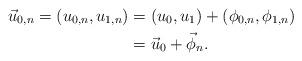
LaTeX: \begin{align*}\vec{u}_{0, n} = (u_{0, n}, u_{1, n}) & = (u_0, u_1) + (\phi_{0, n}, \phi_{1, n}) \\& = \vec u_0 + \vec \phi_{n}.\end{align*}